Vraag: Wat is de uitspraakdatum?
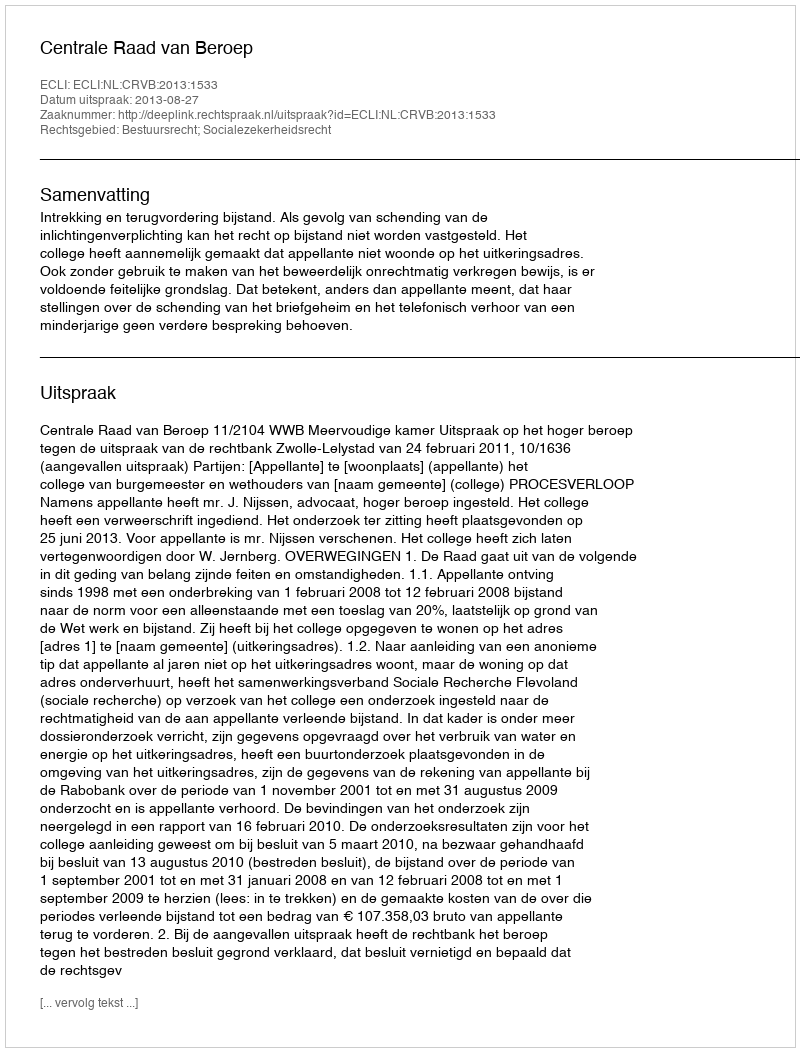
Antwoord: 2013-08-27